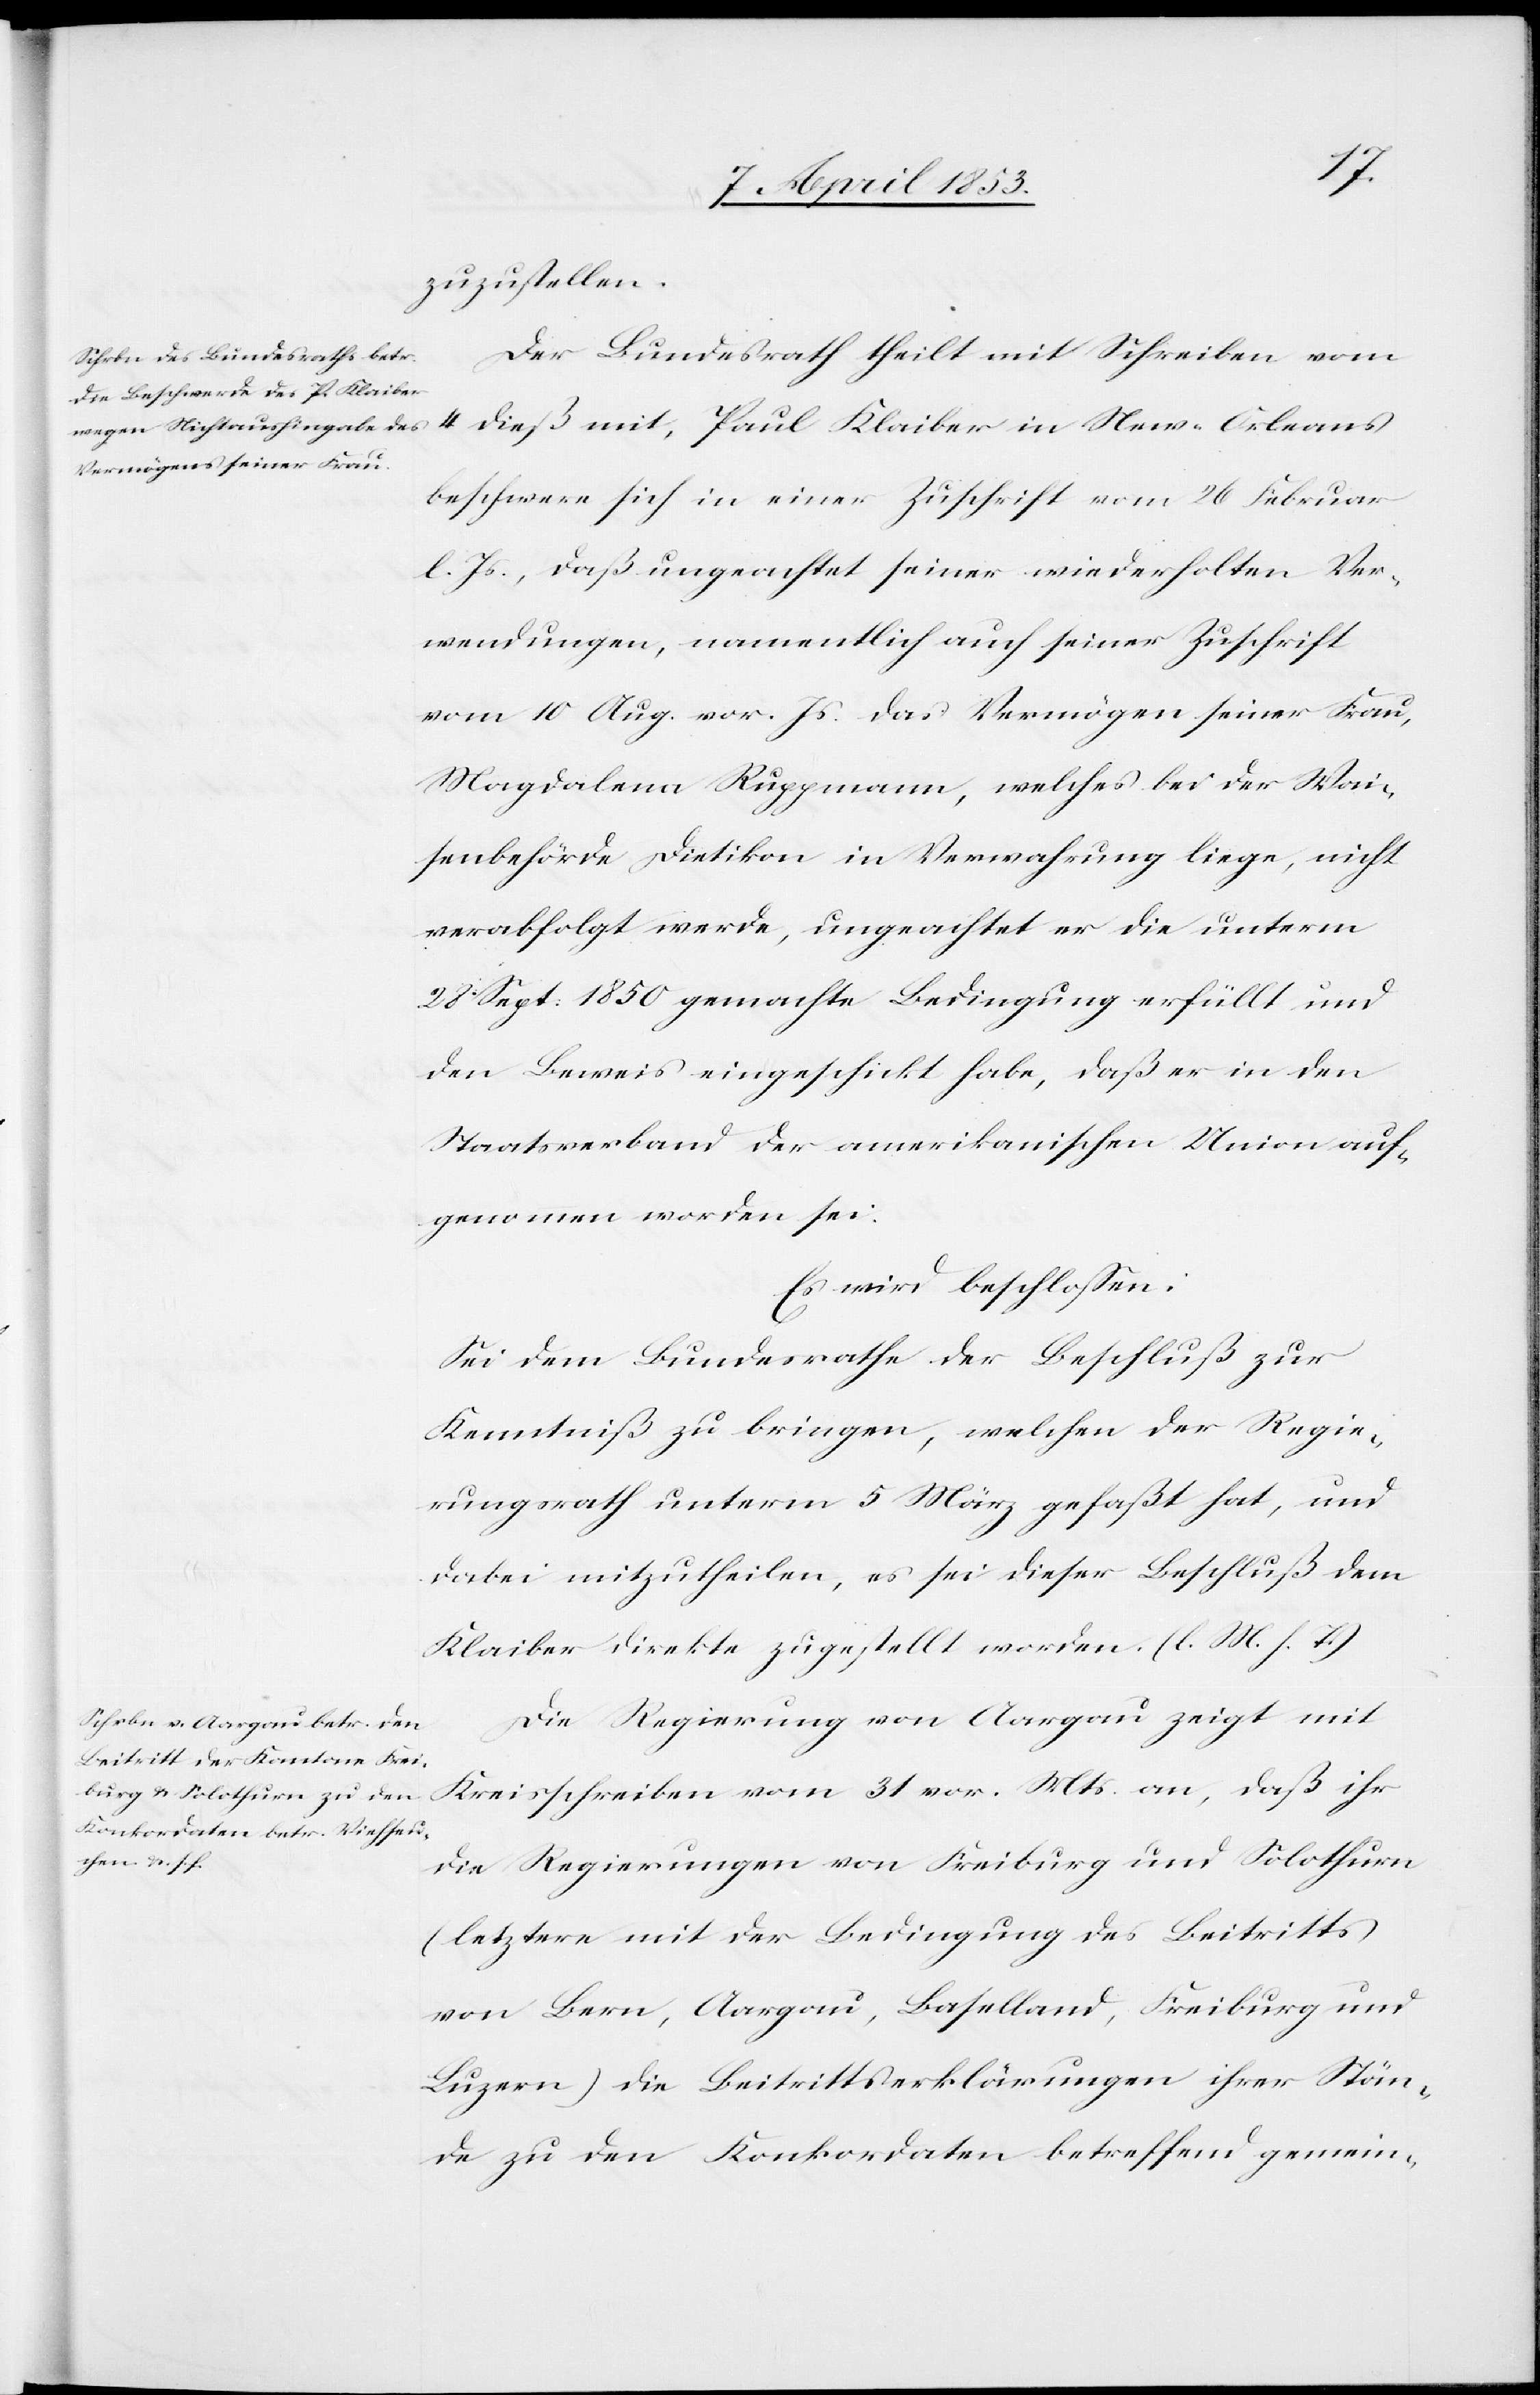
zuzustellen.
Der Bundesrath theilt mit Schreiben vom
4 dieß mit, Paul Klaiber in New-Orleans
beschwere sich in einer Zuschrift vom 26 Februar
l. Js., daß ungeachtet seiner wiederholten Ver¬
wendungen, namentlich auch seiner Zuschrift
vom 10 Aug. vor. Js. das Vermögen seiner Frau,
Magdalena Ruppmann, welches bei der Wai¬
senbehörde Dietikon in Verwahrung liege, nicht
verabfolgt werde, ungeachtet er die unterm
28. Sept. 1850 gemachte Bedingung erfüllt und
den Beweis eingeschickt habe, daß er in den
Staatsverband der amerikanischen Union auf¬
genommen worden sei:
Es wird beschloßen:
Sei dem Bundesrathe der Beschluß zur
Kenntniß zu bringen, welchen der Regie¬
rungsrath unterm 5 März gefaßt hat, und
dabei mitzutheilen, es sei dieser Beschluß dem
Klaiber direkte zugestellt worden. [l. M. h. T]
Die Regierung von Aargau zeigt mit
Kreisschreiben vom 31 vor. Mts. an, daß ihr
die Regierungen von Freiburg und Solothurn
(letztere mit der Bedingung des Beitritts)
von Bern, Aargau, Baselland, Freiburg und
Luzern) die Beitrittserklärungen ihrer Stän¬
de zu den Konkordaten betreffend gemein-